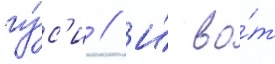
гу́с'и // И́ во́т